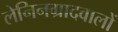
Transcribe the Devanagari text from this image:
लेनिनग्रादवालों